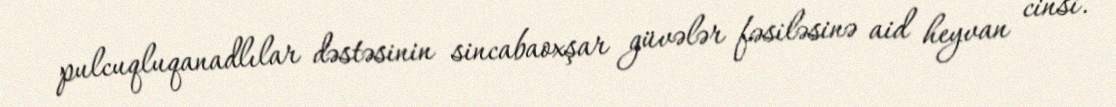
pulcuqluqanadlılar dəstəsinin sincabaoxşar güvələr fəsiləsinə aid heyvan cinsi.